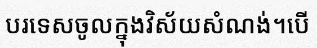
បរទេសចូលក្នុងវិស័យសំណង់។បើ